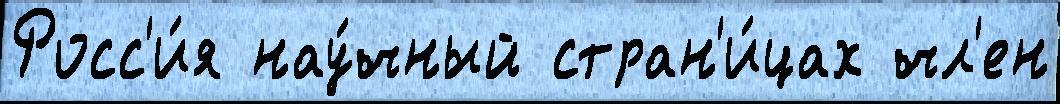
Росс'и́я нау́чный стран'и́цах чл'ен